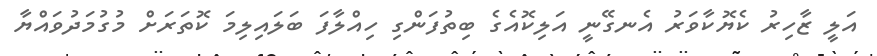
އަލީ ޒާހިރު ކެޔޮކާވަރު އެނގޭނީ އަލިކޮއެގެ ބިތުފަންގި ހިއްލާފަ ބަލައިލިމަ ކޮތަރަށް މުގުމަދުވައްޔާ